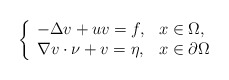
\begin{align*} \left\{\begin{array}{ll} -\Delta v+uv=f, &x\in\Omega,\\ \nabla v\cdot \nu+v= \eta, &x\in\partial\Omega\end{array}\right.\end{align*}